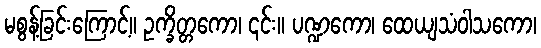
မစွန့်ခြင်းကြောင့်။ ဥက္ခိတ္တကော၊ ၎င်း။ ပဏ္ဍကော၊ ထေယျသံဝါသကော၊